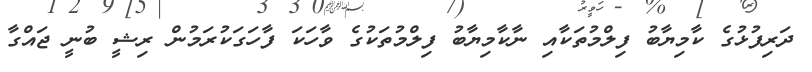
ދަރިފުޅުގެ ކާމިޔާބު ފިލްމުތަކާއި ނާކާމިޔާބު ފިލްމުތަކުގެ ވާހަކަ ފާހަގަކުރަމުން ރިޝީ ބުނީ ޖައްގާ